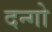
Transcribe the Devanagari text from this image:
दन्गो